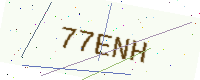
Text: 77ENH